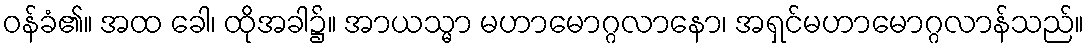
ဝန်ခံ၏။ အထ ခေါ၊ ထိုအခါ၌။ အာယသ္မာ မဟာမောဂ္ဂလာနော၊ အရှင်မဟာမောဂ္ဂလာန်သည်။